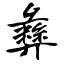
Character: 彝